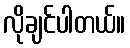
လိုချင်ပါတယ်။